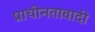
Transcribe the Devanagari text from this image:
प्राचीनतावादी